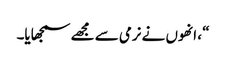
“ ، انھوں نے نرمی سے مجھے سمجھایا۔